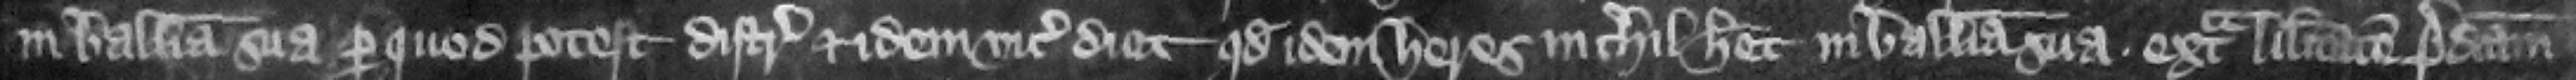
in balliua sua per quod potest distringi et idem vicecomes dicit quod idem heres nichil habet in balliua sua extra libertatem predictam